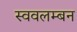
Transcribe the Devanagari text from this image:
स्ववलम्बन